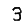
Digit: 3